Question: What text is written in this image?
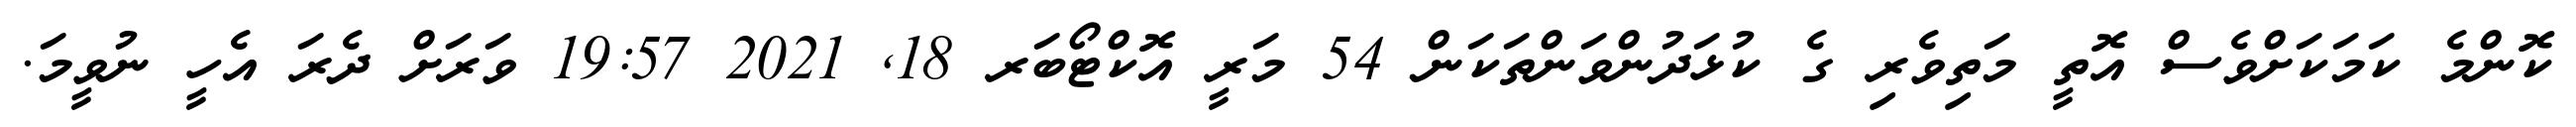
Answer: ކޮންމެ ކަމަކަށްވެސް އޮތީ މަތިވެރި ގެ ކުޅަދުންވަންތަކަން 54 މަރީ އޮކްޓޯބަރ 18, 2021 19:57 ވަރަށް ދެރަ އެހީ ނުވީމަ.